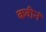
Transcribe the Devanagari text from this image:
कवीनं